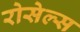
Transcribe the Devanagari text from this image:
रोसेल्स